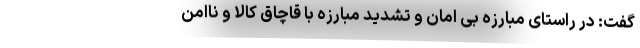
گفت: در راستای مبارزه بی امان و تشدید مبارزه با قاچاق کالا و ناامن